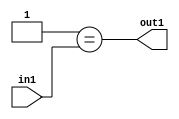
`timescale 1ps / 1ps
/*****************************************************************************
    Verilog RTL Description
    
    
    Created by: Stratus DpOpt 2019.1.01 
*******************************************************************************/

module GauFilter_Eqi1u2_1 (
	in1,
	out1
	); /* architecture "behavioural" */ 
input [1:0] in1;
output  out1;
wire  asc001;

assign asc001 = (7'B0000001==in1);

assign out1 = asc001;
endmodule

/* CADENCE  urX2SQE= : u9/ySgnWtBlWxVPRXgAZ4Og= ** DO NOT EDIT THIS LINE ******/